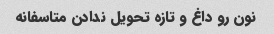
نون رو داغ و تازه تحویل ندادن متاسفانه